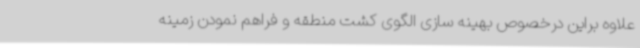
علاوه براین درخصوص بهینه سازی الگوی کشت منطقه و فراهم نمودن زمینه